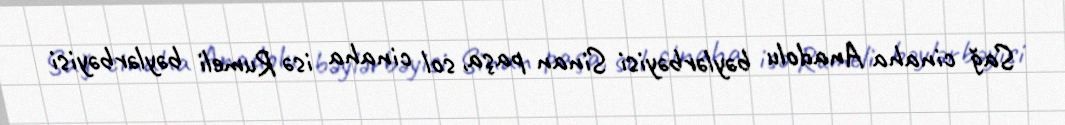
Sağ cinaha Anadolu bəylərbəyisi Sinan paşa, sol cinaha isə Rumeli bəylərbəyisi